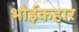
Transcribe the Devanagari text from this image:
भोईकहार